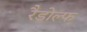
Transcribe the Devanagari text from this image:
रैडोल्फ